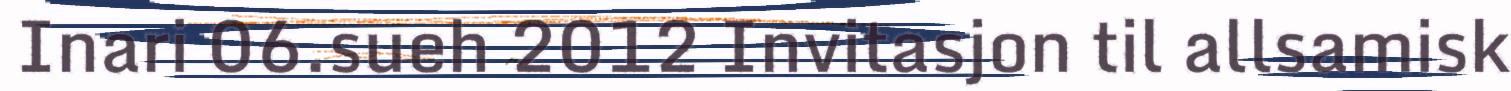
Inari 06.sueh 2012 Invitasjon til allsamisk